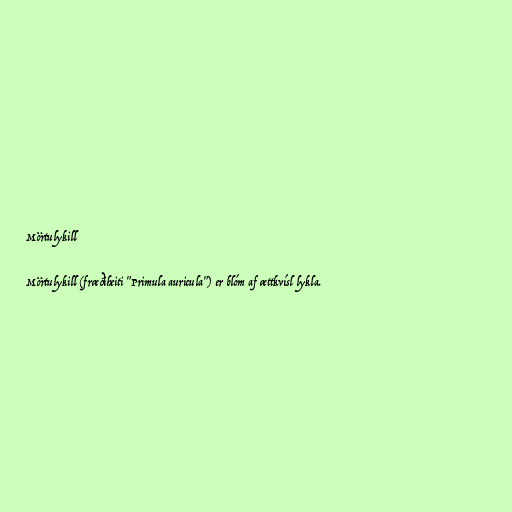
Mörtulykill

Mörtulykill (fræðiheiti "Primula auricula") er blóm af ættkvísl lykla.